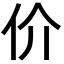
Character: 价